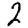
Digit: 2